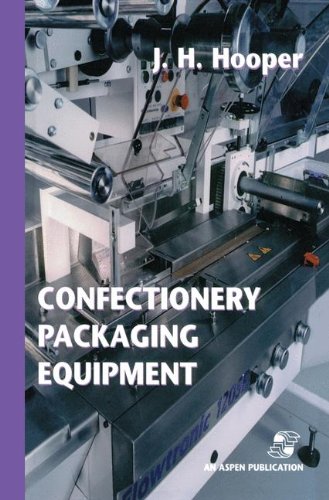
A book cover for Confectionery Packaging Equipment (Chapman & Hall Food Science Book); Jeffrey H. Hooper; Cookbooks, Food & Wine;